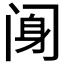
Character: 𰿰